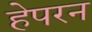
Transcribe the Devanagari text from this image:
हेपरन